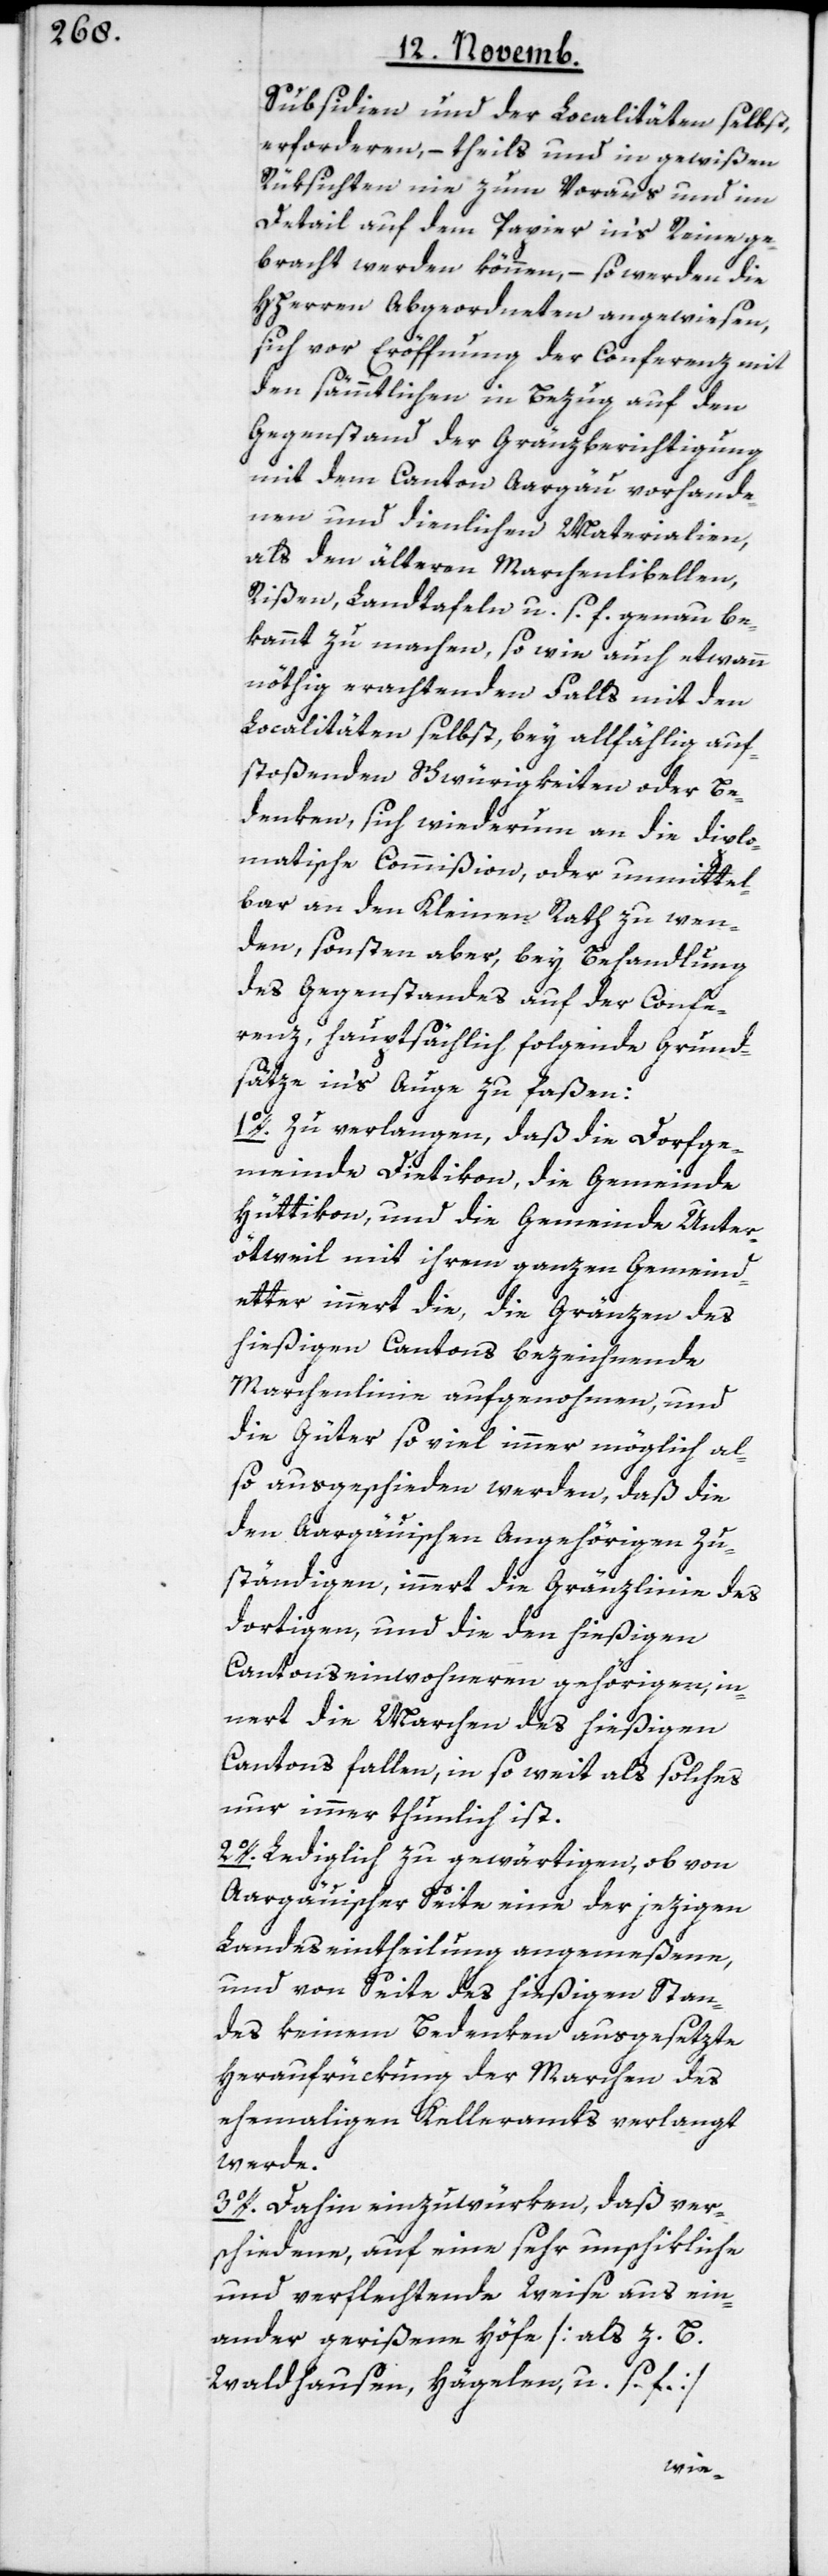
Subsidien und der Localitäten selbst,
erforderen, – theils und in gewißen
Rüksichten nie zum Voraus und im
Detail auf dem Papier in’s Reine ge¬
bracht werden können, – so werden die
HHerren Abgeordneten angewiesen,
sich vor Eröffnung der Conferenz mit
den sämmtlichen in Bezug auf den
Gegenstand der Gränzberichtigung
mit dem Canton Aargäu vorhande¬
nen und dienlichen Materialien,
als den älteren Marchenlibellen,
Rißen, Landtafeln u. s. f. genau be¬
kannt zu machen, sowie auch etwann
nöthig erachtenden Falls mit den
Localitäten selbst, bey allfählig auf¬
stoßenden Schwürigkeiten oder Be¬
denken, sich wiederum an die diplo¬
matische Commißion, oder unmittel¬
bar an den Kleinen Rath zu wen¬
den, sonsten aber, bey Behandlung
des Gegenstandes auf der Confe¬
renz, hauptsächlich folgende Grund¬
sätze in’s Auge zu faßen:
1o. Zu verlangen, daß die Dorfge¬
meinde Dietikon, die Gemeinde
Hüttikon, und die Gemeinde Unter¬
ötweil mit ihrem ganzen Gemeind¬
etter innert die, die Gränzen des
hießigen Cantons bezeichnende
Marchenlinie aufgenohmen, und
die Güter so viel immer möglich al¬
so ausgeschieden werden, daß die
den Aargäuischen Angehörigen Zu¬
ständigen, innert die Gränzlinie des
dortigen, und die den hießigen
Cantonseinwohneren gehörigen, in¬
nert die Marchen des hießigen
Cantons fallen, in so weit als solches
nur immer thunlich ist.
2o. Lediglich zu gewärtigen, ob von
Aargäuischer Seite eine der jezigen
Landeseintheilung angemeßene,
und von Seite des hießigen Stan¬
des keinem Bedenken ausgesetzte
Herausrückung der Marchen des
ehemahligen Kelleramts verlangt
werde.
3o. Dahin einzuwürken, daß ver¬
schiedene, auf eine sehr unschikliche
und verflechtende Weise ausein¬
ander gerißene Höfe [als z. B.
Waldhausen, Hägelen u. s. f.]